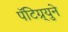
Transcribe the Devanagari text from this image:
पॅटिग्र्युने